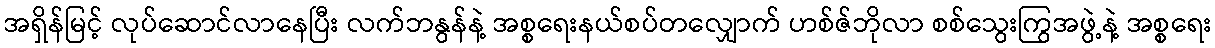
အရှိန်မြင့် လုပ်ဆောင်လာနေပြီး လက်ဘနွန်နဲ့ အစ္စရေးနယ်စပ်တလျှောက် ဟစ်ဇ်ဘိုလာ စစ်သွေးကြွအဖွဲ့နဲ့ အစ္စရေး